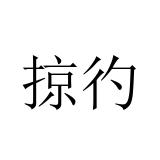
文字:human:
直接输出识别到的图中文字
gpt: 掠彴